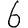
Digit: 6